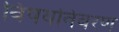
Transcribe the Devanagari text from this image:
विषयविवरण